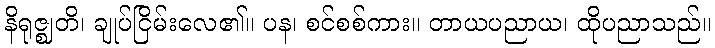
နိရုဇ္ဈတိ၊ ချုပ်ငြိမ်းလေ၏။ ပန၊ စင်စစ်ကား။ တာယပညာယ၊ ထိုပညာသည်။